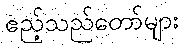
ဧည့်သည်တော်များ